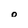
Character: o